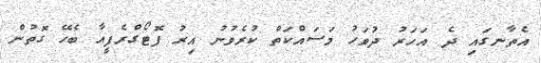
އެތާނގައި ދެ އަހަރު ދުވަހު މަސައްކަތް ކުރެވުނު އިރު ފޮޓޯގްރެފީއާ ބެހޭ ގޮތުން